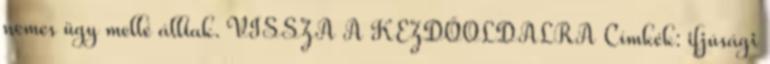
nemes ügy mellé álltak. VISSZA A KEZDŐOLDALRA Címkék: ifjúsági